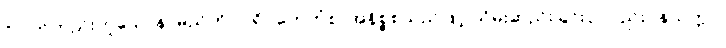
ဝိပါက်တည်းဟူသောနာမည်ကို။ ပရိဂ္ဂဟေတုံစ၊ အနိစ္စစသည်ဖြင့် သိမ်းဆည်းခြင်းငှါလည်း။ နသက္ကာ၊